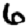
Digit: 6